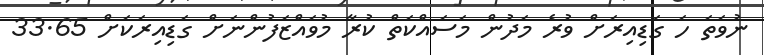
ނުވަތަ ހަ ގަޑިއިރަށް ވުރެ މަދުން މަސައްކަތް ކުރާ މުވައްޒަފުންނަށް ގަޑިއިރަކަށް 33.65